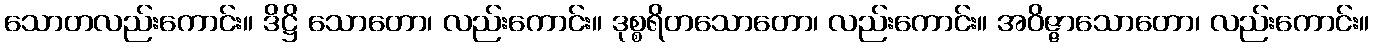
သောတလည်းကောင်း။ ဒိဋ္ဌိ သောတော၊ လည်းကောင်း။ ဒုစ္စရိတသောတော၊ လည်းကောင်း။ အဝိဇ္ဇာသောတော၊ လည်းကောင်း။